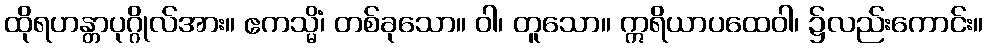
ထိုရဟန္တာပုဂ္ဂိုလ်အား။ ဧကသ္မိံ၊ တစ်ခုသော။ ဝါ၊ တူသော။ ဣရိယာပထေဝါ၊ ၌လည်းကောင်း။